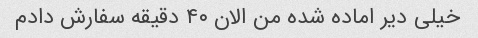
خیلی دیر اماده شده من الان ۴۰ دقیقه سفارش دادم